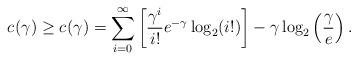
LaTeX: \begin{align*}{c_{}(\gamma)} \geq c^{}_{}(\gamma) = \sum\limits_{i=0}^{\infty} \left[ \frac{\gamma^i}{i!} e^{-\gamma} \log_2(i!) \right] - \gamma \log_2 \left( \frac{\gamma}{e} \right).\end{align*}